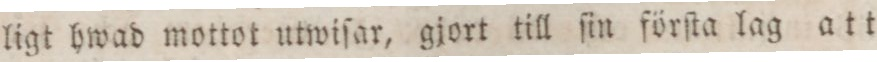
ligt hwad mottot utwiſar, gjort till ſin förſta lag att